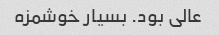
عالی بود. بسیار خوشمزه